Scottish Leaving Certificate Examination, 1961
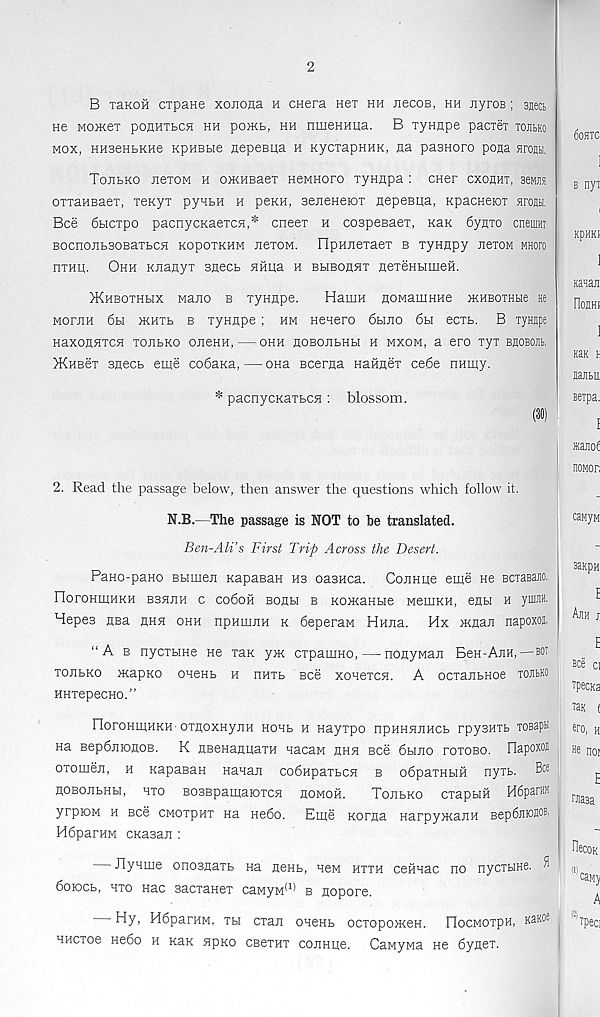
2
B TSKOH cipane xonona a CHera Hei hh jiecoB, hh nyros; sneci
He Mome? pohhtlch hh po>Kb, hh nmeHHHa. B Tynnpe pacxeT tojibko
mox, HHseHHKHe KpHBtie nepeBua h KycxapnHK, aa pasHoro pona aroju.
Tojibko nexoM h o>KHBaex HewHoro xyHjipa : cner cxouht, seMjia
oxxaHBaex, xexyx pyHBH h peKH, seneHeiox HepeBua, KpacHetox Hromi.
Bee 6bicxpo pacnycKaexcH,* cneex h cospeBaex, Ran 6ynxo cneuim
BocnojiBSOBaxBCH KopoxKHM jiexoM. HpHJiexaex b xyHHpy nexoM mhofo
hxhh. Ohh KHanyx sneeb HHna h bhbohhx nexenbimeH.
}Khboxhbix Mano b xynnpe.
Hamn nowamKHe mHBOTHbie He
moxjih 6h JKHXb b xynnpe; hm Heaero 6bmo 6bi ecxb. B xyHHpe
HaXOHHXCH XOJIbKO OJieHH, OHH HOBOJlbHH H MXOM, a 6X0 XyT BnOBOJIB.
>KHBex sneeb eme co6aKa, — ona Bcerna naHHex ce6e nHmy.
* pacnycKaxbOH : blossom.
2. Read the passage below, then answer the questions which follow it.
N.B.—The passage is NOT to be translated.
Ben-Ali’s First Trip Across the Desert.
PaHO-pano Bbimen KapaeaH hb oasHca. CoHHue eme He BCiaBam
PlorOHIHHKH B3HJ1H C COdOH BOflbl B KOJKaHbie MeiUKH, enbl H yUW 11 '
Hepes nea hhh ohh npHmnH k deperaw Hnna. Hx xinaji napoxoj.
“A b nycxbme ne xax yxc cxpauiHo, — nonyMaji Bch-Ajih,—bot
xoiibKO iKapKO OHeHb h nHXb Bee xonexcH. A ocxaubHoe tojibko
HHxepecHo.”
FIoxohihhkH' oxfloxHyjiH HOHb h Hayxpo npHHHJiHCb rpysHXb TOBapH
na BepdjHonoB. K UBenaimaxH nacaw hhh see 6hjio xoxobo. Ilapoxoji
oxomeji, h KapaBan Hanaji codHpaxbCH b odpaxHHH nyxs. Bee
AOBOJibHbi, hxo BosBpamaioxcH homoh.
Tojibko cxapbiH H6parnM
yrpioM h Bee cmoxphx Ha He6o. Eme Korna HarpyxeaiiH BepSnroH®
HdparHM cKasan :
Jlynme onosnaxb na neHb, new hxxh ceHHac no nycxHHe. ^
doiocb, hxo Hac sacxaHex caMyM^^ b nopore.
Hy, HdparHM, xh cxaii oneKb ocxopomeH. FlocMOxpH, khkoe
HHexoe nedo h Rax HpKo cbbxhx coiiHiie. CaMyMa He dynex.